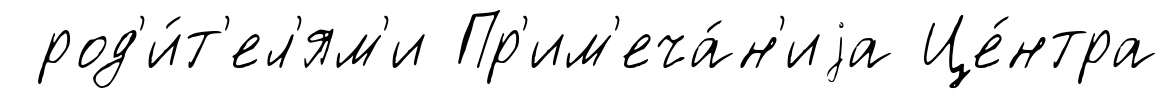
род'и́т'ел'ям'и Пр'им'еча́н'иjа Це́нтра